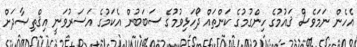
އެހެން ނަމަވެސް ޤައުމުގެ ހިންގުމުގެ ކަންތައް ދޯހަޅިވުމުގެ ސަބަބުން އެކަމުގެ އަސަރުވަނީ އިޤްތިޞާދަށް